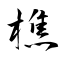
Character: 樵